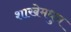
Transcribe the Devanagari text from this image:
शाखेमधुन